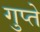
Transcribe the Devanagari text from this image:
गुप्‍ते